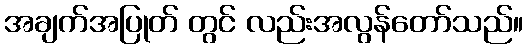
အချက်အပြုတ် တွင် လည်းအလွန်တော်သည်။